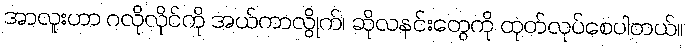
အာလူးဟာ ဂလိုလိုင်ကို အယ်ကာလွိုက်၊ ဆိုလနင်းတွေကို ထုတ်လုပ်စေပါတယ်။